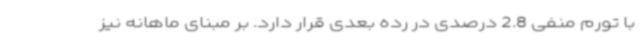
با تورم منفی 2.8 درصدی در رده بعدی قرار دارد. بر مبنای ماهانه نیز